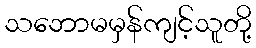
သဘောမမှန်ကျင့်သူတို့